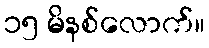
၁၅ မိနစ်လောက်။